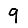
Digit: 9